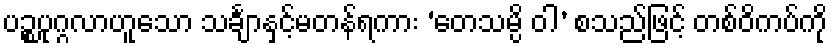
ပဉ္စပုဂ္ဂလာဟူသော သင်္ချာနှင့်မတန်ရကား ‘တေသမ္ပိ ဝါ’ စသည်ဖြင့် တစ်ဝိကပ်ကို